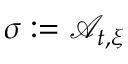
\sigma : = \mathcal { A } _ { t , \xi }